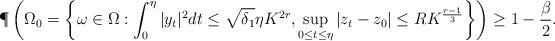
\begin{align*}\P\left(\Omega_0 = \left\{\omega \in \Omega: \int_0^\eta |y_t|^2 dt \le \sqrt{\delta_1}\eta K^{2r}, \sup_{0 \le t \le \eta}|z_t-z_0| \le RK^{\frac{r-1}{3}}\right\} \right) \ge 1-\frac{\beta}{2}.\end{align*}